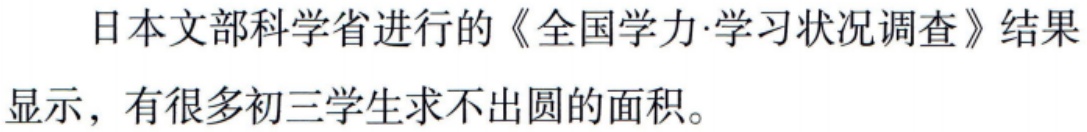
日本文部科学省进行的《全国学力·学习状况调查》结果显示，有很多初三学生求不出圆的面积。